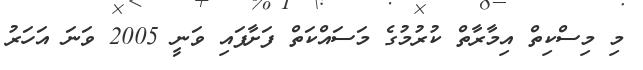
މި މިސްކިތް އިމާރާތް ކުރުމުގެ މަސައްކަތް ފަށާފައި ވަނީ 2005 ވަނަ އަހަރު